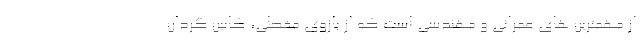
از مهمترین های عمرانی و مهندسی است که از بازوی مفصلی، کابین گردان